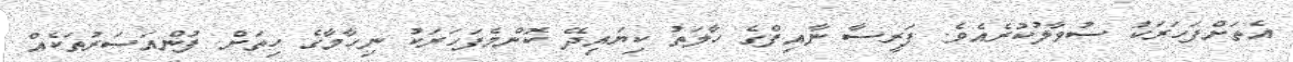
އެތަށްފަހަރަކު ސުވާލުކުރެއެވެ. ފަރީސާ ނާއިފްގެ ހާލަތު ކިޔައިދޭ ކޮންމެފަހަރަކު ނިހާމާގެ ހިތަށް ފުންއަސަރުތަކެއް